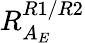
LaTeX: R_{A_{E}}^{R1/R2}